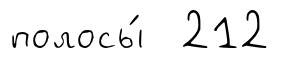
полосы́ 212